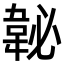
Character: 䪐